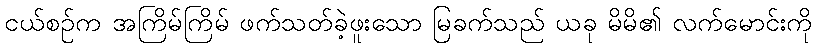
ငယ်စဉ်က အကြိမ်ကြိမ် ဖက်သတ်ခဲ့ဖူးသော မြခက်သည် ယခု မိမိ၏ လက်မောင်းကို